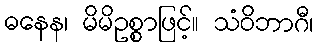
ဓနေန၊ မိမိဥစ္စာဖြင့်။ သံဝိဘာဂီ၊